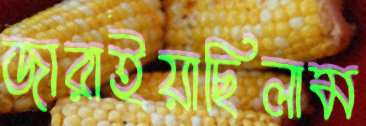
জারাইয়াছিলাম